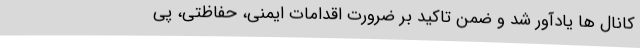
کانال ها یادآور شد و ضمن تاکید بر ضرورت اقدامات ایمنی، حفاظتی، پی